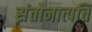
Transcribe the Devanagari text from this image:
संतोनात्पत्ति